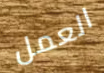
العمل